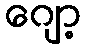
ဂျော့